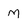
Character: M